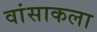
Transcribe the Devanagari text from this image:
वांसाकला